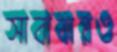
সাবাবারও